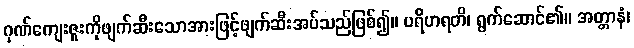
ဂုဏ်ကျေးဇူးကိုဖျက်ဆီးသောအားဖြင့်ဖျက်ဆီးအပ်သည်ဖြစ်၍။ ပရိဟရတိ၊ ရွက်ဆောင်၏။ အတ္တာနံ၊